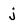
Character: j